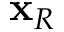
\mathbf { x } _ { R }